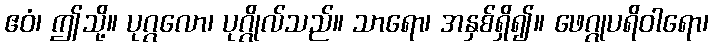
ဧဝံ၊ ဤသို့။ ပုဂ္ဂလော၊ ပုဂ္ဂိုလ်သည်။ သာရော၊ အနှစ်ရှိ၍။ ဖေဂ္ဂုပရိဝါရော၊